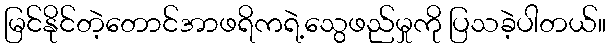
မြင်နိုင်တဲ့တောင်အာဖရိကရဲ့သွေဖည်မှုကို ပြသခဲ့ပါတယ်။